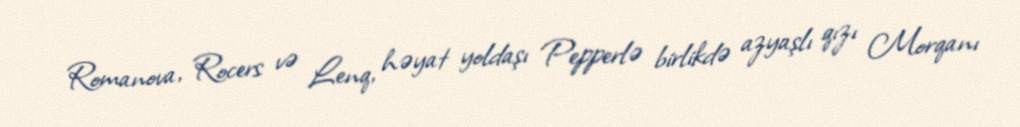
Romanova, Rocers və Lenq, həyat yoldaşı Pepperlə birlikdə azyaşlı qızı Morqanı